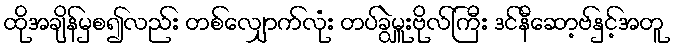
ထိုအချိန်မှစ၍လည်း တစ်လျှောက်လုံး တပ်ခွဲမှူးဗိုလ်ကြီး ဒင်နီဆော့ဗ်နှင့်အတူ